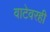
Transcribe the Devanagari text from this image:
वाटेवरही